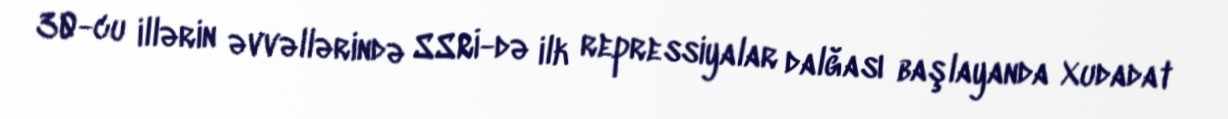
30-cu illərin əvvəllərində SSRİ-də ilk repressiyalar dalğası başlayanda Xudadat